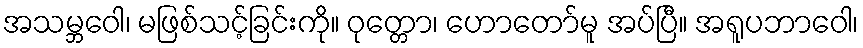
အသမ္ဘဝေါ၊ မဖြစ်သင့်ခြင်းကို။ ဝုတ္တော၊ ဟောတော်မူ အပ်ပြီ။ အရူပဘာဝေါ၊